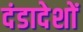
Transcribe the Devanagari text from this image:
दंडादेशों